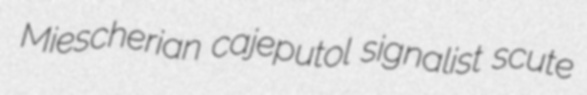
Miescherian cajeputol signalist scute